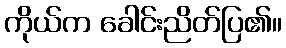
ကိုယ်က ခေါင်းညိတ်ပြ၏။